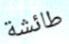
طائشة